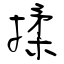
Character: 揉